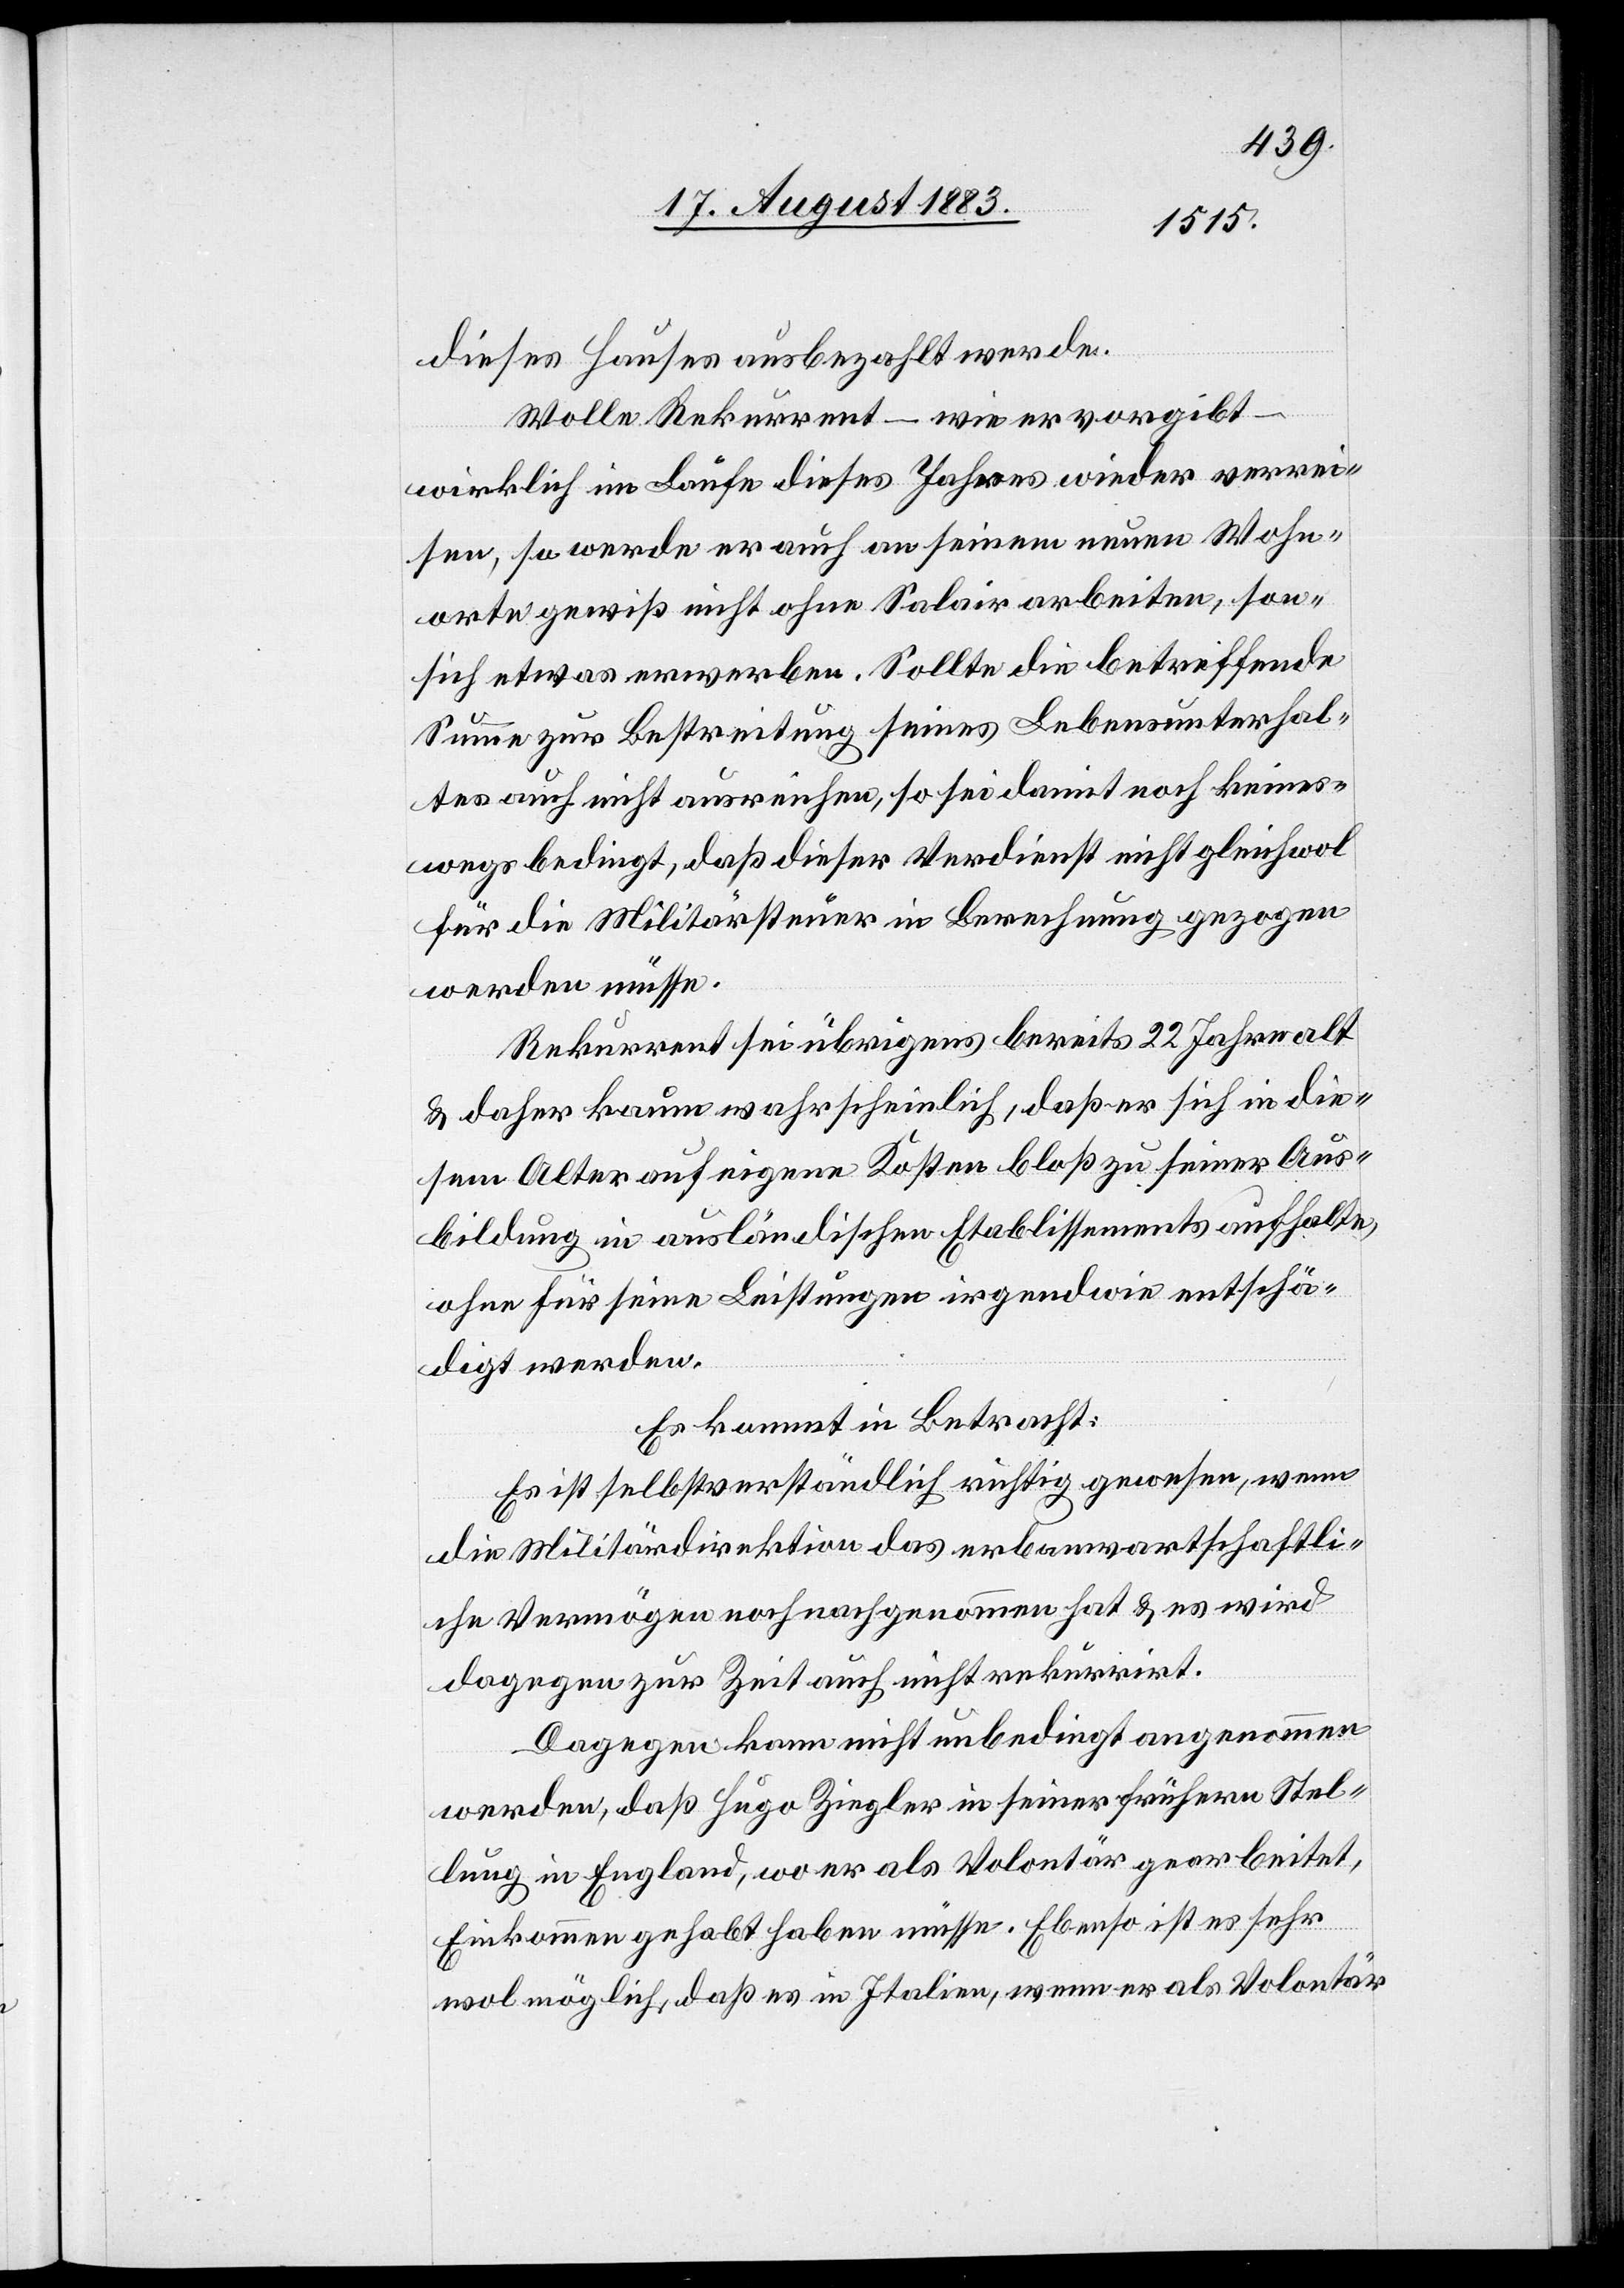
dieses Hauses ausbezahlt werde.
Wolle Rekurrent – wie er vorgibt
wirklich im Laufe dieses Jahres wieder verrei¬
sen, so werde er auch an seinem neuen Wohn¬
orte gewiß nicht ohne Salair arbeiten, sondern
sich etwas erwerben. Sollte die betreffende
Summe zur Bestreitung seines Lebensunterhal¬
tes auch nicht ausreichen, so sei damit noch keines¬
wegs bedingt, daß dieser Verdienst nicht gleichwol
für die Militärsteuer in Berechnung gezogen
werden dürfe.
Rekurrent sei übrigens bereits 22 Jahre alt
& daher kaum wahrscheinlich, daß er sich in die¬
sem Alter auf eigene Kosten bloß zu seiner Aus¬
bildung in ausländischen Etablissements aufhalte,
ohne für seine Leistungen irgendwie entschä¬
digt [zu] werden.
Es kommt in Betracht:
Es ist selbstverständlich richtig gewesen, wenn
die Militärdirektion das erbanwartschaftli¬
che Vermögen noch nachgenommen hat & es wird
dagegen zur Zeit auch nicht rekurrirt.
Dagegen kann nicht unbedingt angenommen
werden, daß Hugo Ziegler in seiner frühern Stel¬
lung in England, wo er als Volontär gearbeitet,
Einkommen gehabt haben müsse. Ebenso ist es sehr
wol möglich, daß es in Italien, wenn er als Volontär